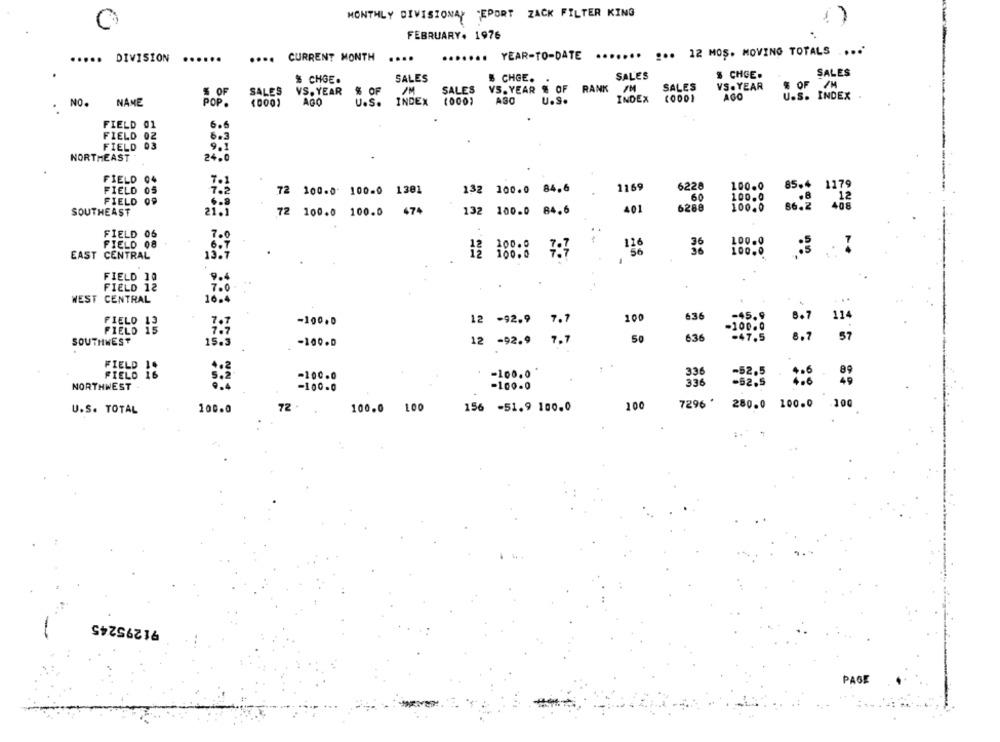
MONTHLY DIVISIONA? "EPORT ZACK FILTER KING
FEBRUARY. 1976
....... ... 12 MOS. MOVING TOTALS ....
..... DIVISION
...
..
....
CURRENT MONTH
.....
...... YEAR-TO-DATE
SALES
$ CHCE.
SALES
& CHGE.
SALES
5 CHGE.
% OF
SALES
VS. YEAR $ OF
RANK /M
SALES
VS. YEAR
% OF /M
SALES
VS. YEAR
AGO
U.S. INDEX
NO.
NAME
POP.
(000
AGO
U.S.
INDEX (000)
ASO
U.S.
INDEX (000)
.
FIELD 01
FIELD
6. 3
FIELD
9.1
NORTHEAST
24.6
FIELD 04
6228
100.0
FIELD 05
72 100.0 100.0 1301
132 100.0 84.6
1169
FIELD 09
60
100.0
6.8
SOUTHEAST
21.1
72 100.0 100.0 474
132 100.0 84.6
401
6288
FIELD 06
FIELD 08
100.0
136
100.0
EAST CENTRAL
13.9
7:7
FIELD 10
FIELD 12
£
WEST CENTRAL
...
100
636
-45.9
8.7
114
PIELO 13
-100,0
12 -92.9 7.7
-100.0
FIELD 15
SOUTHWEST
12 -92.9 7.7
636
-47.5
8.7
57
-100.0
336
FIELD 1%
FIELD 16
-100.0
-100.0
.6
NORTHWEST
-100.0
336
-52.5
-100.0
100.0
72 .
100.0
LOO
156 -51.9 100.0
200
7296 .
280.0 100.0
.100
U.S. TOTAL
91295245
PAGE